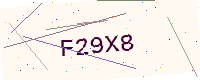
Text: F29X8